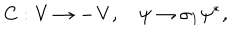
LaTeX: C : \bf { V } \to - \bf { V } , \quad \psi \to { \sigma } _ { 1 } { \psi } ^ { * } ,